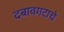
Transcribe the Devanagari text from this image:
दबावगटाचे